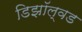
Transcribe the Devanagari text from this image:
डिझॉल्वड